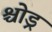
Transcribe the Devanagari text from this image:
श्चोड्र